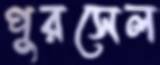
পুরসেল